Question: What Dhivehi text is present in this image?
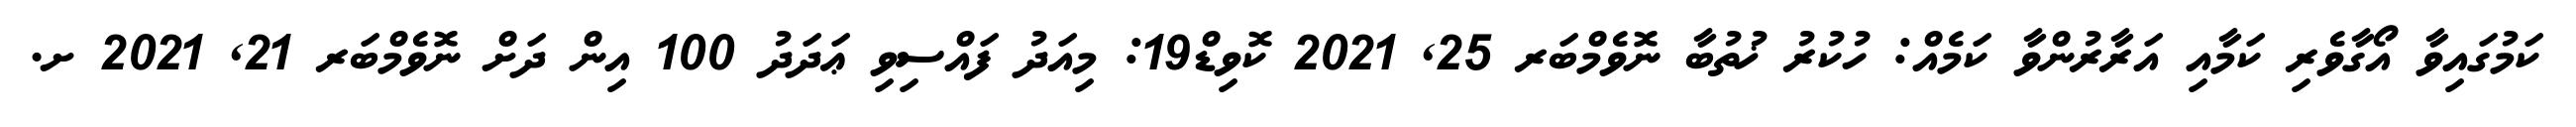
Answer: ކަމުގައިވާ އޯގާވެރި ކަމާއި އަރާރުންވާ ކަމެއް: ހުކުރު ޚުތުބާ ނޮވެމްބަރ 25, 2021 ކޮވިޑް19: މިއަދު ފައްސިވި ޢަދަދު 100 އިން ދަށް ނޮވެމްބަރ 21, 2021 ށ.